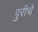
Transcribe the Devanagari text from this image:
पुरीचे